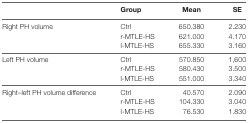
<table><thead><tr><td></td><td><b>Group</b></td><td><b>Mean</b></td><td><b>SE</b></td></tr></thead><tbody><tr><td rowspan="3">Right PH volume</td><td>Ctrl</td><td>650.380</td><td>2.230</td></tr><tr><td>r-MTLE-HS</td><td>621.000</td><td>4.170</td></tr><tr><td>l-MTLE-HS</td><td>655.330</td><td>3.160</td></tr><tr><td rowspan="3">Left PH volume</td><td>Ctrl</td><td>570.850</td><td>1,600</td></tr><tr><td>r-MTLE-HS</td><td>580.430</td><td>3.500</td></tr><tr><td>l-MTLE-HS</td><td>551.000</td><td>3.340</td></tr><tr><td rowspan="3">Right–left PH volume difference</td><td>Ctrl</td><td>40.570</td><td>2.090</td></tr><tr><td>r-MTLE-HS</td><td>104.330</td><td>3.040</td></tr><tr><td>l-MTLE-HS</td><td>76.530</td><td>1.830</td></tr></tbody></table>